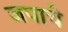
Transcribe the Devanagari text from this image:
जपाचे